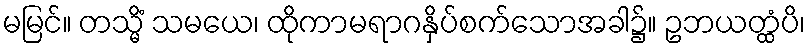
မမြင်။ တသ္မိံ သမယေ၊ ထိုကာမရာဂနှိပ်စက်သောအခါ၌။ ဥဘယတ္ထံပိ၊